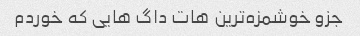
جزو خوشمزه‌ترین هات داگ هایی که خوردم